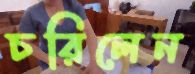
চরিলেন